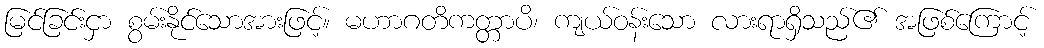
မြင်ခြင်းငှာ စွမ်းနိုင်သောအားဖြင့်။ မဟာဂတိကတ္တာပိ၊ ကျယ်ဝန်းသော လားရာရှိသည်၏ အဖြစ်ကြောင့်